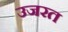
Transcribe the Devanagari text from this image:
उजरत